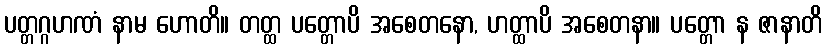
ပတ္တဂ္ဂဟဏံ နာမ ဟောတိ။ တတ္ထ ပတ္တောပိ အစေတနော, ဟတ္ထာပိ အစေတနာ။ ပတ္တော န ဇာနာတိ